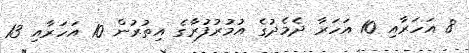
8 އަަހަރާއި 10 އަހަރާ ދެމެދުގެ އުމުރުފުރާގެ އިތުރުން 10 އަހަރާއި 13